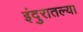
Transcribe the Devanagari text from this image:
इंदुरातल्या